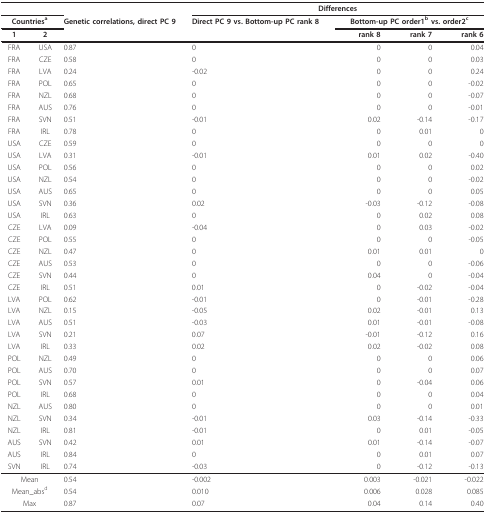
<table><thead><tr><td colspan="2"></td><td></td><td colspan="4"><b>Differences</b></td></tr><tr><td colspan="2"><b>Countries<sup>a</sup></b></td><td><b>Genetic correlations, direct PC 9</b></td><td><b>Direct PC 9 vs. Bottom-up PC rank 8</b></td><td colspan="3"><b>Bottom-up PC order1<sup>b </sup>vs. order2<sup>c</sup></b></td></tr><tr><td><b>1</b></td><td><b>2</b></td><td></td><td></td><td><b>rank 8</b></td><td><b>rank 7</b></td><td><b>rank 6</b></td></tr></thead><tbody><tr><td>FRA</td><td>USA</td><td>0.87</td><td>0</td><td>0</td><td>0</td><td>0.04</td></tr><tr><td>FRA</td><td>CZE</td><td>0.58</td><td>0</td><td>0</td><td>0</td><td>0.03</td></tr><tr><td>FRA</td><td>LVA</td><td>0.24</td><td>-0.02</td><td>0</td><td>0</td><td>0.24</td></tr><tr><td>FRA</td><td>POL</td><td>0.65</td><td>0</td><td>0</td><td>0</td><td>-0.02</td></tr><tr><td>FRA</td><td>NZL</td><td>0.68</td><td>0</td><td>0</td><td>0</td><td>-0.07</td></tr><tr><td>FRA</td><td>AUS</td><td>0.76</td><td>0</td><td>0</td><td>0</td><td>-0.01</td></tr><tr><td>FRA</td><td>SVN</td><td>0.51</td><td>-0.01</td><td>0.02</td><td>-0.14</td><td>-0.17</td></tr><tr><td>FRA</td><td>IRL</td><td>0.78</td><td>0</td><td>0</td><td>0.01</td><td>0</td></tr><tr><td>USA</td><td>CZE</td><td>0.59</td><td>0</td><td>0</td><td>0</td><td>0</td></tr><tr><td>USA</td><td>LVA</td><td>0.31</td><td>-0.01</td><td>0.01</td><td>0.02</td><td>-0.40</td></tr><tr><td>USA</td><td>POL</td><td>0.56</td><td>0</td><td>0</td><td>0</td><td>0.02</td></tr><tr><td>USA</td><td>NZL</td><td>0.54</td><td>0</td><td>0</td><td>0</td><td>-0.02</td></tr><tr><td>USA</td><td>AUS</td><td>0.65</td><td>0</td><td>0</td><td>0</td><td>0.05</td></tr><tr><td>USA</td><td>SVN</td><td>0.36</td><td>0.02</td><td>-0.03</td><td>-0.12</td><td>-0.08</td></tr><tr><td>USA</td><td>IRL</td><td>0.63</td><td>0</td><td>0</td><td>0.02</td><td>0.08</td></tr><tr><td>CZE</td><td>LVA</td><td>0.09</td><td>-0.04</td><td>0</td><td>0.03</td><td>-0.02</td></tr><tr><td>CZE</td><td>POL</td><td>0.55</td><td>0</td><td>0</td><td>0</td><td>-0.05</td></tr><tr><td>CZE</td><td>NZL</td><td>0.47</td><td>0</td><td>0.01</td><td>0.01</td><td>0</td></tr><tr><td>CZE</td><td>AUS</td><td>0.53</td><td>0</td><td>0</td><td>0</td><td>-0.06</td></tr><tr><td>CZE</td><td>SVN</td><td>0.44</td><td>0</td><td>0.04</td><td>0</td><td>-0.04</td></tr><tr><td>CZE</td><td>IRL</td><td>0.51</td><td>0.01</td><td>0</td><td>-0.02</td><td>-0.04</td></tr><tr><td>LVA</td><td>POL</td><td>0.62</td><td>-0.01</td><td>0</td><td>-0.01</td><td>-0.28</td></tr><tr><td>LVA</td><td>NZL</td><td>0.15</td><td>-0.05</td><td>0.02</td><td>-0.01</td><td>0.13</td></tr><tr><td>LVA</td><td>AUS</td><td>0.51</td><td>-0.03</td><td>0.01</td><td>-0.01</td><td>-0.08</td></tr><tr><td>LVA</td><td>SVN</td><td>0.21</td><td>0.07</td><td>-0.01</td><td>-0.12</td><td>0.16</td></tr><tr><td>LVA</td><td>IRL</td><td>0.33</td><td>0.02</td><td>0.02</td><td>-0.02</td><td>0.08</td></tr><tr><td>POL</td><td>NZL</td><td>0.49</td><td>0</td><td>0</td><td>0</td><td>0.06</td></tr><tr><td>POL</td><td>AUS</td><td>0.70</td><td>0</td><td>0</td><td>0</td><td>0.07</td></tr><tr><td>POL</td><td>SVN</td><td>0.57</td><td>0.01</td><td>0</td><td>-0.04</td><td>0.06</td></tr><tr><td>POL</td><td>IRL</td><td>0.68</td><td>0</td><td>0</td><td>0</td><td>0.04</td></tr><tr><td>NZL</td><td>AUS</td><td>0.80</td><td>0</td><td>0</td><td>0</td><td>0.01</td></tr><tr><td>NZL</td><td>SVN</td><td>0.34</td><td>-0.01</td><td>0.03</td><td>-0.14</td><td>-0.33</td></tr><tr><td>NZL</td><td>IRL</td><td>0.81</td><td>-0.01</td><td>0</td><td>0.01</td><td>-0.05</td></tr><tr><td>AUS</td><td>SVN</td><td>0.42</td><td>0.01</td><td>0.01</td><td>-0.14</td><td>-0.07</td></tr><tr><td>AUS</td><td>IRL</td><td>0.84</td><td>0</td><td>0</td><td>0.01</td><td>0.07</td></tr><tr><td>SVN</td><td>IRL</td><td>0.74</td><td>-0.03</td><td>0</td><td>-0.12</td><td>-0.13</td></tr><tr><td colspan="2">Mean</td><td>0.54</td><td>-0.002</td><td>0.003</td><td>-0.021</td><td>-0.022</td></tr><tr><td colspan="2">Mean_abs<sup>d</sup></td><td>0.54</td><td>0.010</td><td>0.006</td><td>0.028</td><td>0.085</td></tr><tr><td colspan="2">Max</td><td>0.87</td><td>0.07</td><td>0.04</td><td>0.14</td><td>0.40</td></tr></tbody></table>